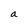
Character: a